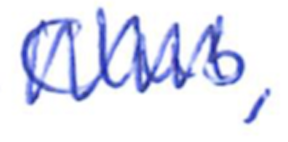
Text: Club,
Cross-out: zig-zag
Writing tool: ballpoint